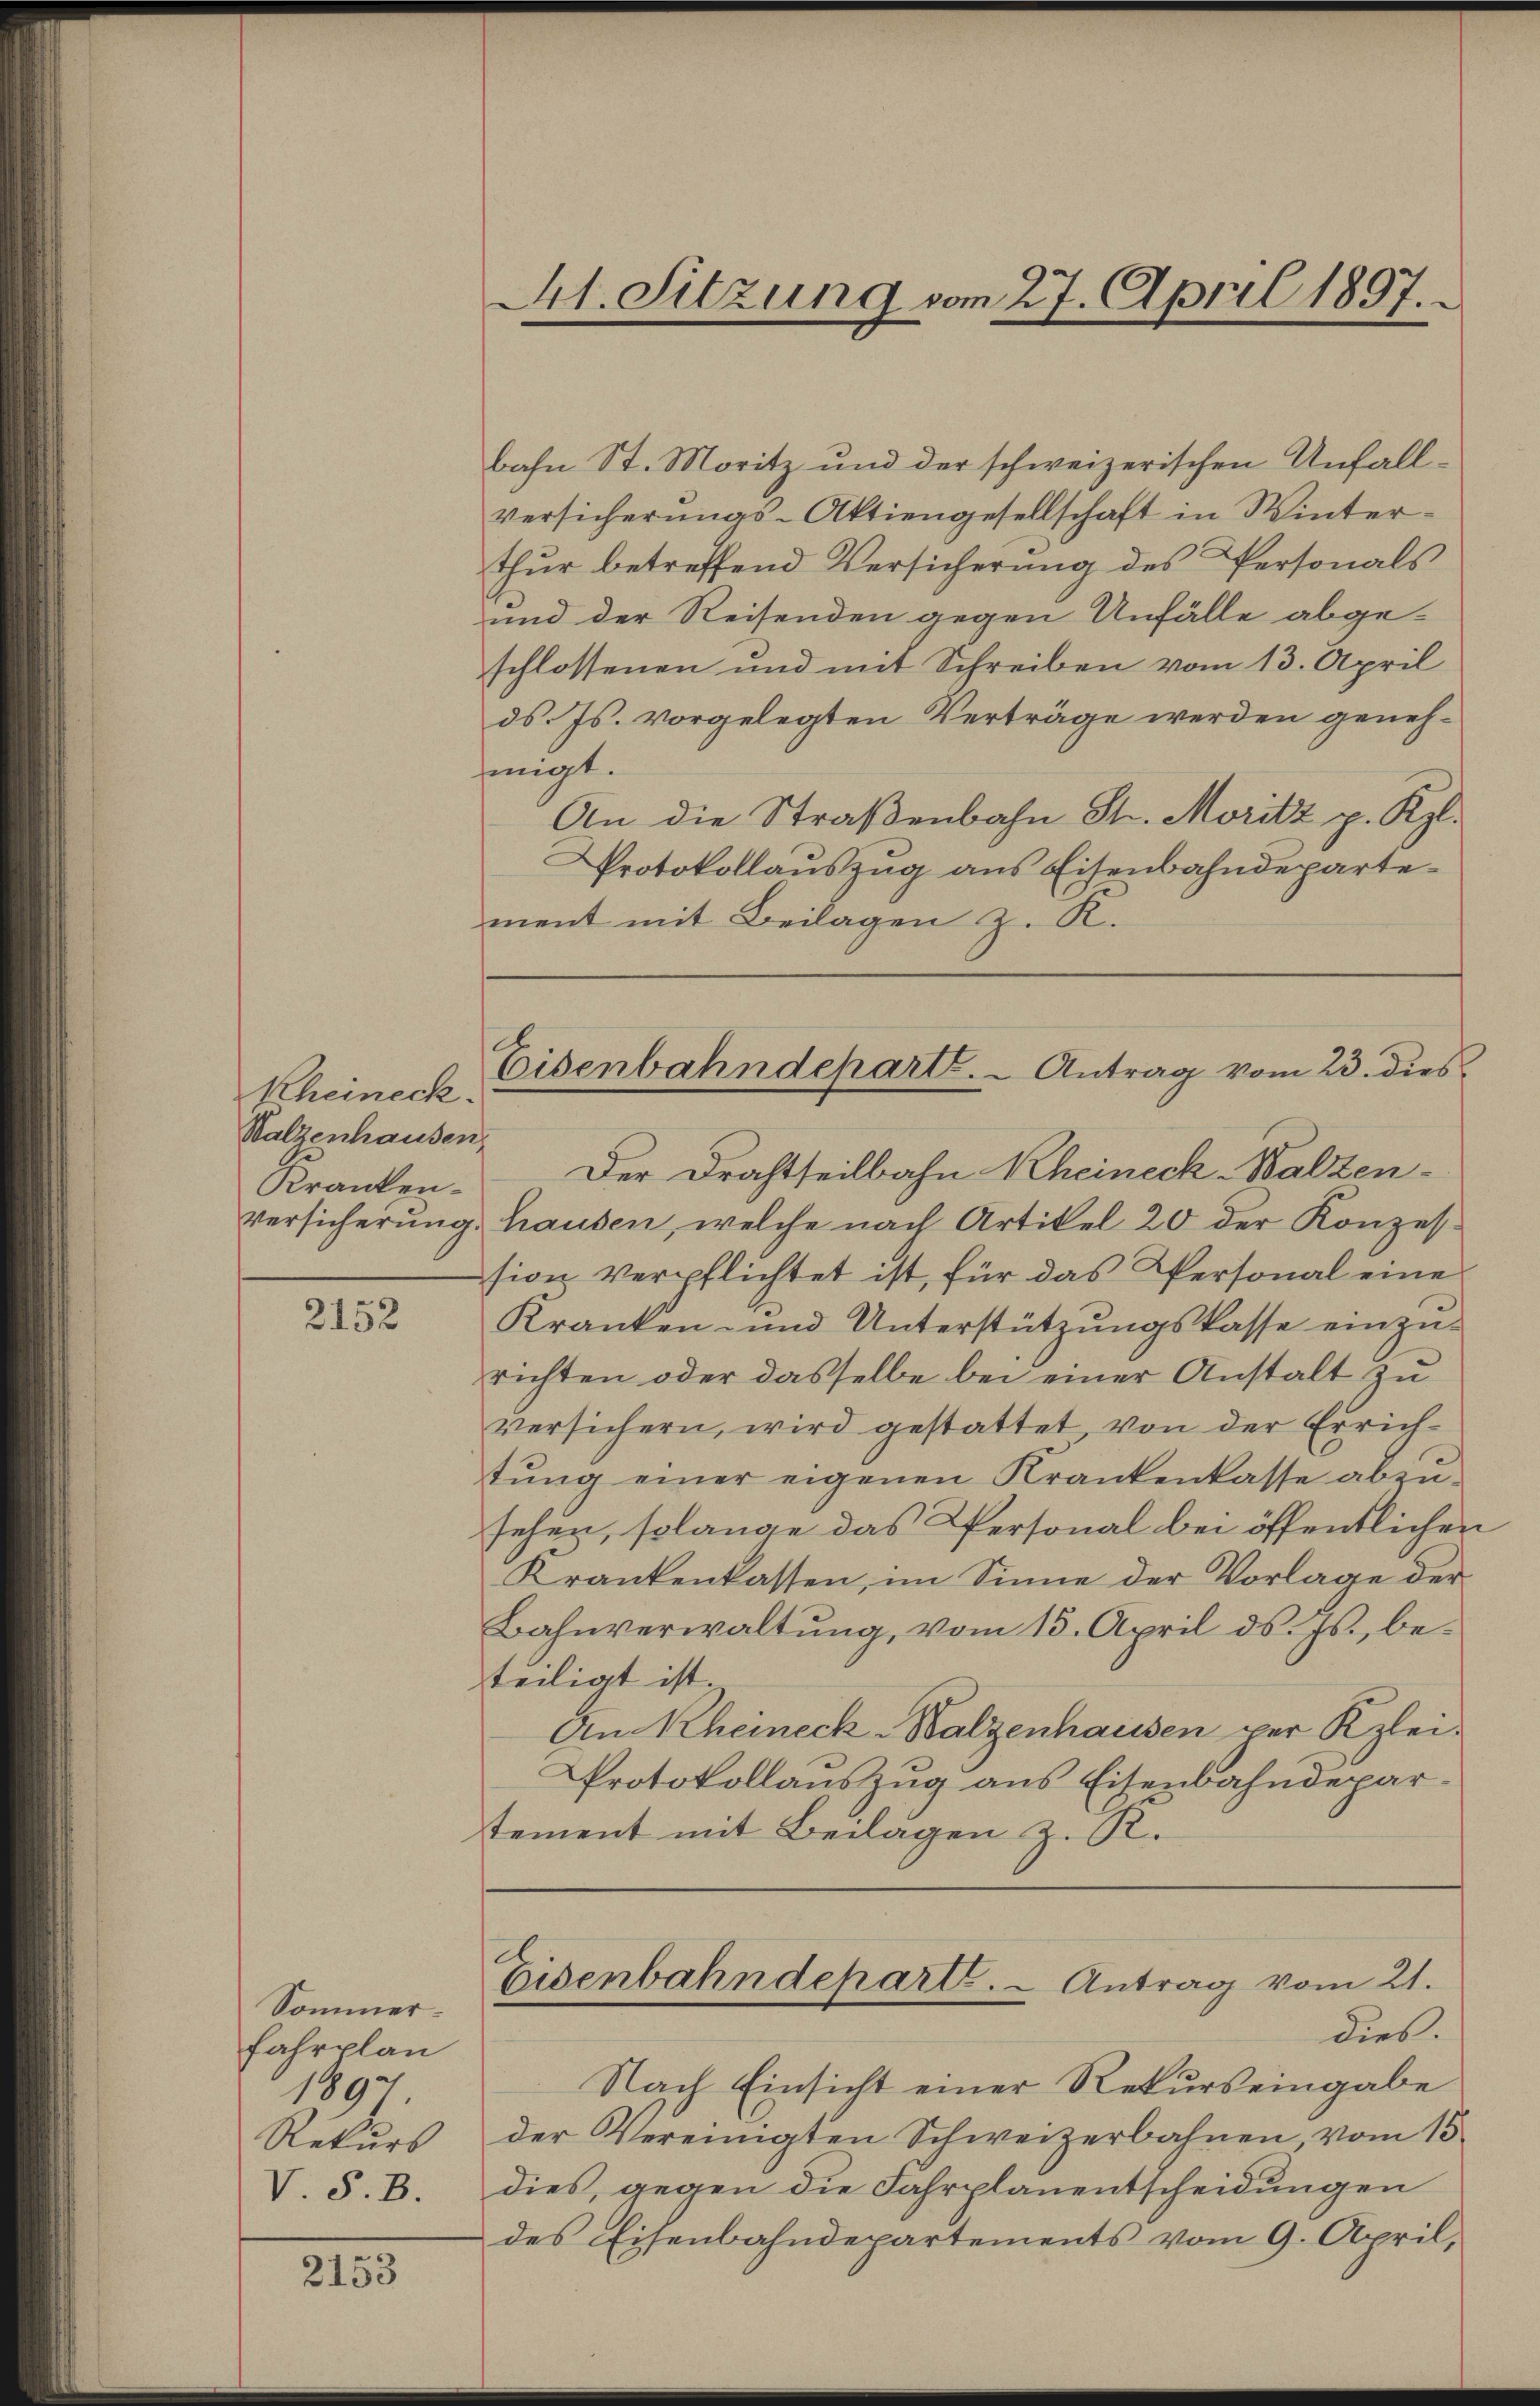
Rheineck.
Walzenhausen,
Kranken¬

2152

Sommerfahrplan
1897
Rekurs
V. S. B.

2153

At. Sitzung vom 27. April 1897.

bahn St. Moritz und der schweizerischen Unfallversicherŭngs-Aktiengesellschaft in Winter-
thŭr betreffend Versicherŭng des Personals
und der Reisenden gegen Unfälle abge-
schlossenen und mit Schreiben vom 13. April
ds. Js. vorgelegten Verträge werden genehmigt.
An die Straßenbahn St. Moritz p. Kgl.
Protokollauszug aus Eisenbahndepartement mit Beilagen z. K.
Der Drahtheilbahn Rheineck-Walzenversicherŭng. Hausen, welche nach Artikel 20 der Konzes
sion verpflichtet ist, für das Personal eine
Kranken- und Unterstützungskasse einzurichten oder dasselbe bei einer Anstalt zu
versichern, wird gestattet, von der Errich-
tung einer eigenen Krankenkasse abzu-
sehen, solange das Personal bei öffentlichen
Krankenkassen, im Sinne der Vorlage der
Bahnverwaltŭng, vom 15. April d. Js., be-
teiligt ist
An Rheineck-Walzenhausen ver Klei¬
Protokollauszug aus Eisenbahndepar-
stement mit Beilagen z. R.
Eisenbahndepart. - Antrag vom 21.
dies.
Nach Einsicht einer Rekurs eingabe
der Vereinigten Schweizerbahnen, vom 15
dies, gegen die Fahrplanentscheidungen
des Eisenbahndepartements vom 9. April,

Eisenbahndepart. - Antrag vom 23. dies